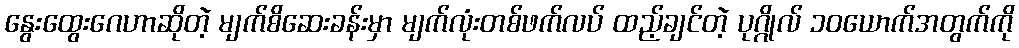
နွေးထွေးဂေဟာဆိုတဲ့ မျက်စိဆေးခန်းမှာ မျက်လုံးတစ်ဖက်လပ် ထည့်ချင်တဲ့ ပုဂ္ဂိုလ် ၁၀ယောက်အတွက်ကို